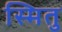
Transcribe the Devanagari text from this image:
स्मितु